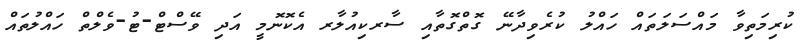
ކުރިމަތިވާ މައްސަލަތައް ހައްލު ކުރެވިދާނޭ ގޮތްގޮތާއި ސާރކިއުލާރ އެކޮނޮމީ އަދި ވޭސްޓް-ޓު-ވެލްތް ހައްލުތައް